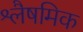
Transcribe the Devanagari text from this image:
श्लैषमिक